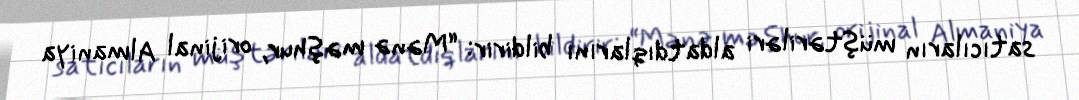
satıcıların müştəriləri aldatdıqlarını bildirir: “Mənə məşhur, orijinal Almaniya